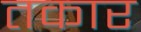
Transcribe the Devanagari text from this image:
तकार